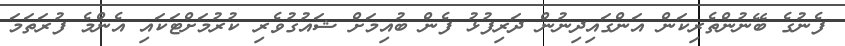
ފެނުގެ ބޭނުންތެރިކަން އަންގައިދިނުން ދަރިފުޅު ފެން ބުއިމަށް ޝައުގުވެރި ކުރުމަށްޓަކައި އެންމެ ފުރަތަމަ